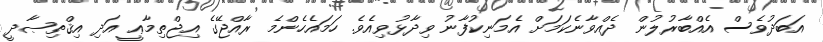
އަބަދުވެސް އެއްބާރުލުން ދެއްވާނެކަމަށް އެމަނިކުފާނު ވިދާޅުވިއެވެ. ހަމައެހެންމެ ރާއްޖޭގެ އިޖްތިމާޢީ އަދި އިޤްތިޞާދީ